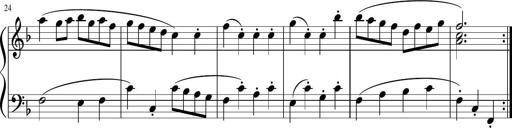
Title: 12 Keyboard Sonatinas
Composer: James Hook